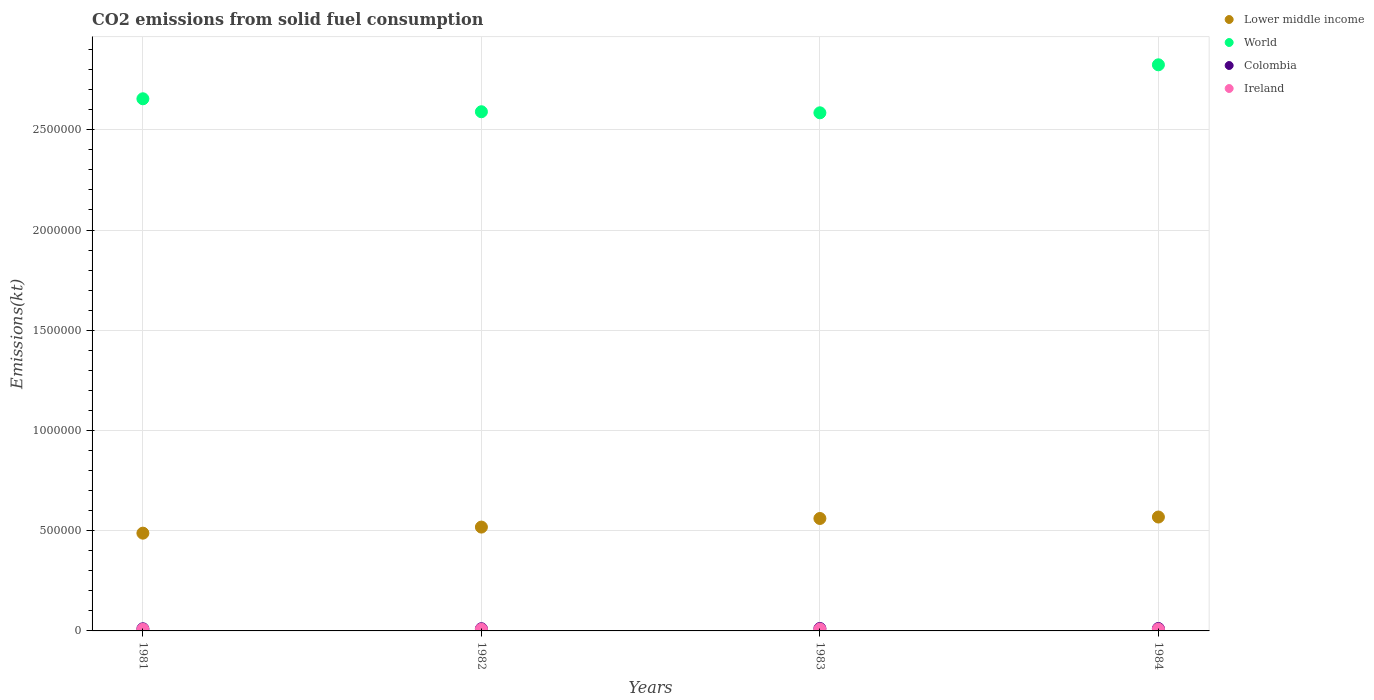
| Years | Lower middle income | World | Colombia | Ireland |
 | --- | --- | --- | --- | --- |
 | 1981 | 4.88e+05 | 2.65e+06 | 1.07e+04 | 7.92e+03 |
 | 1982 | 5.18e+05 | 2.59e+06 | 1.1e+04 | 8.36e+03 |
 | 1983 | 5.61e+05 | 2.58e+06 | 1.21e+04 | 9.23e+03 |
 | 1984 | 5.68e+05 | 2.82e+06 | 1.2e+04 | 8.75e+03 |